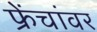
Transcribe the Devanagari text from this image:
फ्रेंचांवर